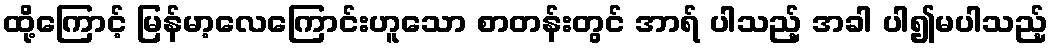
ထို့ကြောင့် မြန်မာ့လေကြောင်းဟူသော စာတန်းတွင် အာရ် ပါသည့် အခါ ပါ၍မပါသည့်